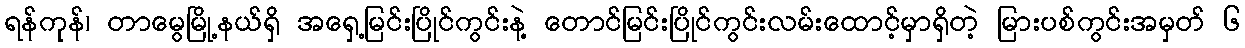
ရန်ကုန်၊ တာမွေမြို့နယ်ရှိ အရှေ့မြင်းပြိုင်ကွင်းနဲ့ တောင်မြင်းပြိုင်ကွင်းလမ်းထောင့်မှာရှိတဲ့ မြားပစ်ကွင်းအမှတ် ၆